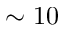
\sim 1 0